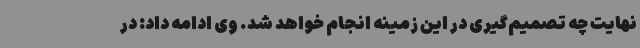
نهایت چه تصمیم‌گیری در این زمینه انجام خواهد شد. وی ادامه داد: در